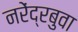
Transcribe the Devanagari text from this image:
नरेंद्रबुवा